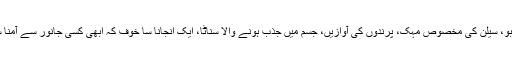
لکڑی کی خوشبو، سیلن کی مخصوص مہک، پرندوں کی آوازیں، جسم میں جذب ہونے والا سنّاٹا، ایک انجانا سا خوف کہ ابھی کسی جانور سے آمنا سامنا ہو جائیگا۔